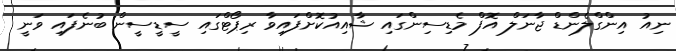
ނިއު އިންގްލެންޑް ޖާނަލް އޮފް މެޑިސިންގައި ޝާއިއުކޮށްފައިވާ ރިޕޯޓްގައި ސީޑީސީން ބުނެފައި ވަނީ